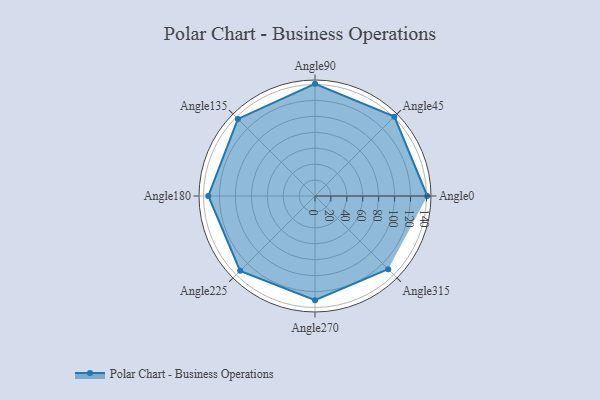
{"axis": {"x": "Angle", "y": "Radius"}, "legend": [""], "data": [{"x": "Angle0", "y": 141.0, "type": ""}, {"x": "Angle45", "y": 141.0, "type": ""}, {"x": "Angle90", "y": 141.0, "type": ""}, {"x": "Angle135", "y": 137.0, "type": ""}, {"x": "Angle180", "y": 134.0, "type": ""}, {"x": "Angle225", "y": 133.0, "type": ""}, {"x": "Angle270", "y": 131.0, "type": ""}, {"x": "Angle315", "y": 130.0, "type": ""}]}